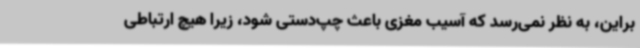
براین، به نظر نمی‌رسد که آسیب مغزی باعث چپ‌دستی شود، زیرا هیچ ارتباطی